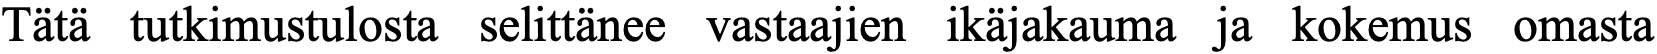
Tätä tutkimustulosta selittänee vastaajien ikäjakauma ja kokemus omasta